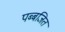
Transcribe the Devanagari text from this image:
पब्बजित